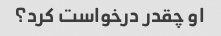
او چقدر درخواست کرد؟